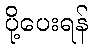
ပို့ပေးရန်